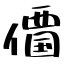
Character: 𠏹